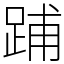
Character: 𨁏